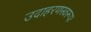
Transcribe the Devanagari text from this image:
उदाहरणस्वरूपः